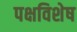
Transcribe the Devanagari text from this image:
पक्षविशेष